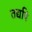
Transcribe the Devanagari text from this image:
तद्यपि